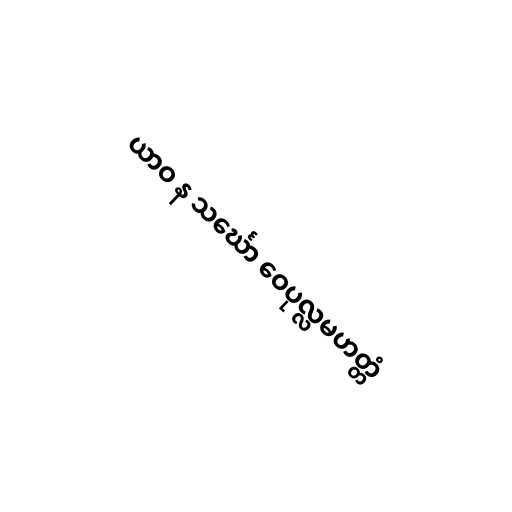
ယာဝ န သင်္ဃော ဝေပုလ္လမဟတ္တံ